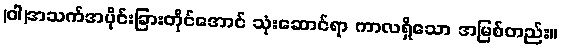
(ဝါ)အသက်အပိုင်းခြားတိုင်အောင် သုံးဆောင်ရာ ကာလရှိသော အမြစ်တည်း။